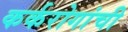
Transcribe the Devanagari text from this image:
कर्करोगांची